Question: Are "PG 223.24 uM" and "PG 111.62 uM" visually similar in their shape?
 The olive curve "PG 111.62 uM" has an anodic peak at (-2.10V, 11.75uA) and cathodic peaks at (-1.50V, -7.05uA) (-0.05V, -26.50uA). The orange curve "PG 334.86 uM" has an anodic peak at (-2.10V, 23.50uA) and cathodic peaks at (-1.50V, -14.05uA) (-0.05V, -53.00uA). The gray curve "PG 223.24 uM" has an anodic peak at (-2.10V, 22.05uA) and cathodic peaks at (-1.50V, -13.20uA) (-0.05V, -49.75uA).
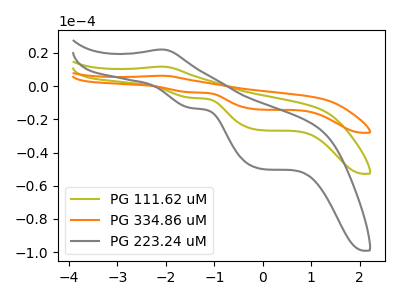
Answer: <think>All the peaks in "PG 223.24 uM" have a peak in "PG 111.62 uM" at the same potential. Every peak in "PG 223.24 uM" is higher than every peak in "PG 111.62 uM".
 </think>
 <answer>"PG 223.24 uM" and "PG 111.62 uM" are similar in shape.</answer>
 <eval>same_shape</eval>